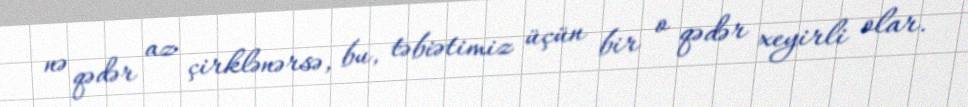
nə qədər az çirklənərsə, bu, təbiətimiz üçün bir o qədər xeyirli olar.